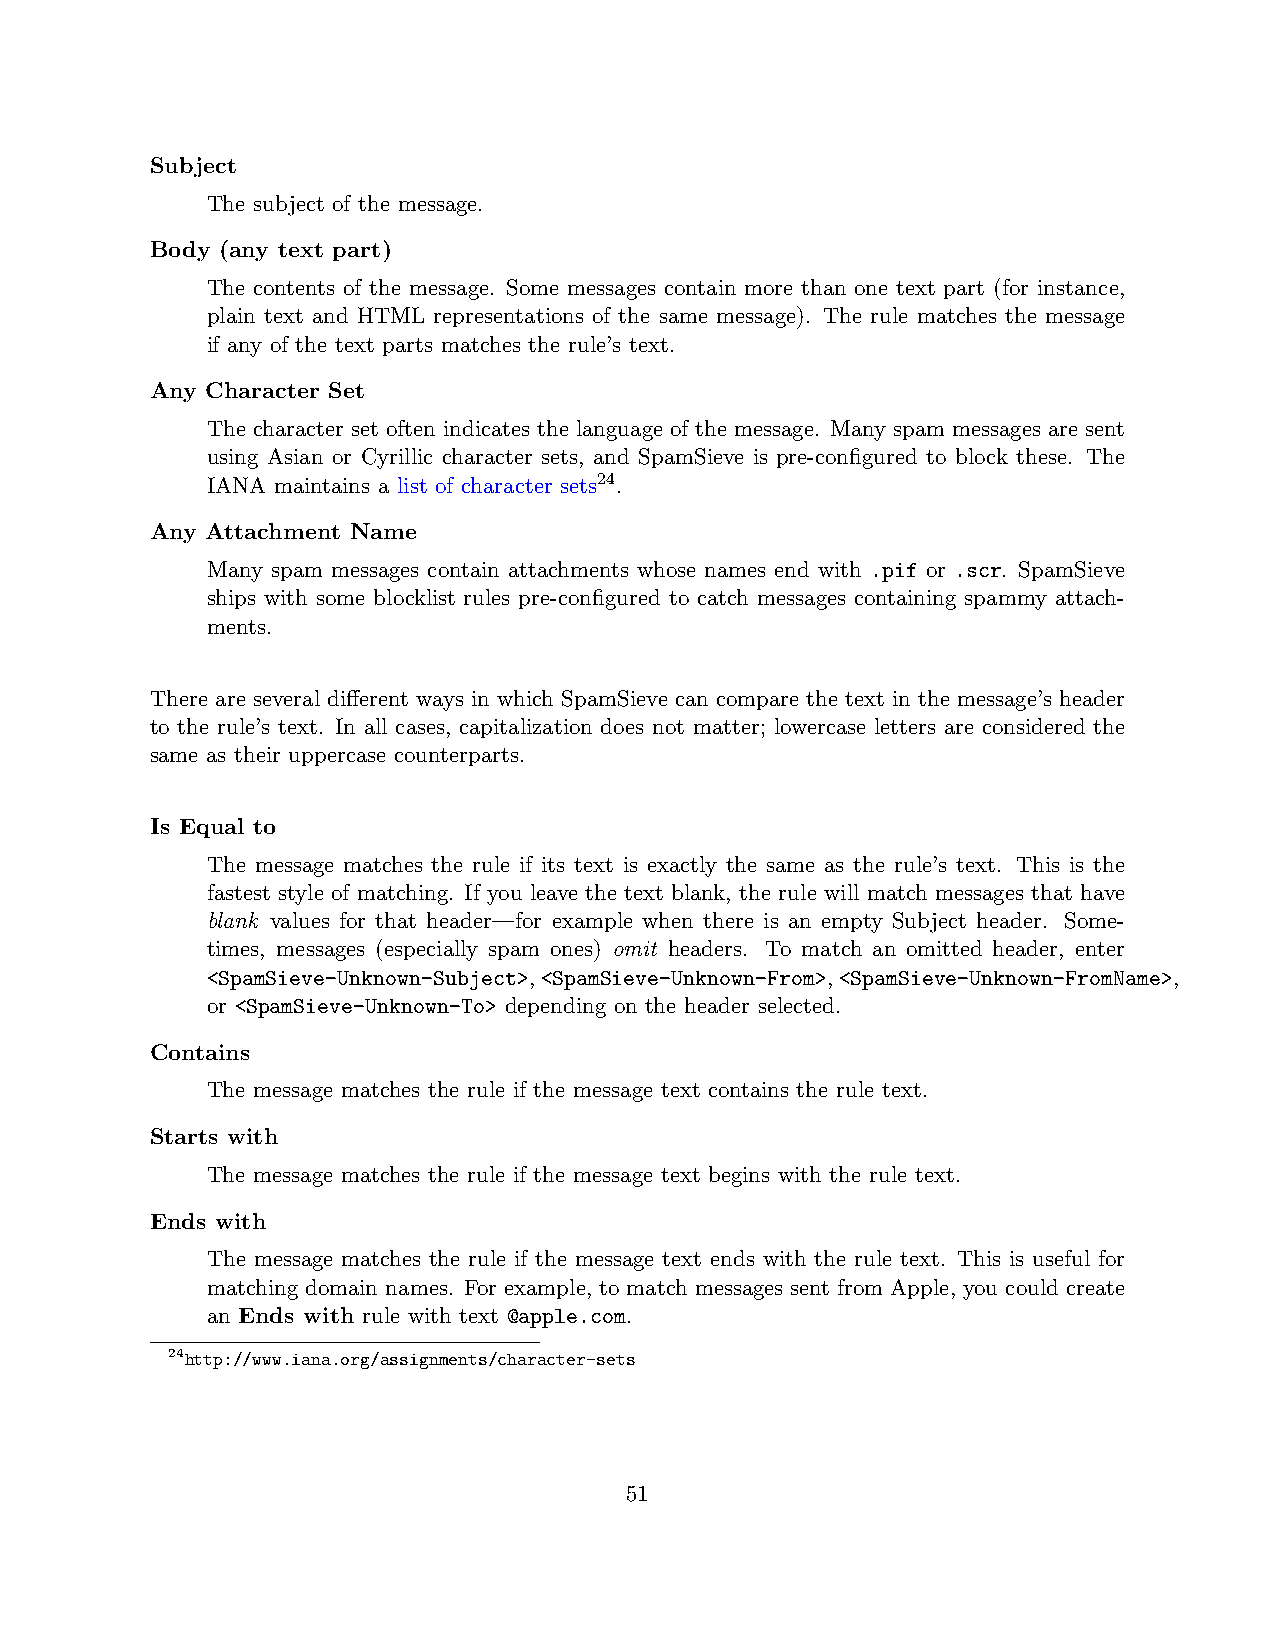
Subject
 The subject of the message.
 Body (any text part)
 The contents of the message. Some messages contain more than one text part (for instance,
 plain text and HTML representations of the same message). The rule matches the message
 if any of the text parts matches the rule’s text.
 Any Character Set
 The character set often indicates the language of the message. Many spam messages are sent
 using Asian or Cyrillic character sets, and SpamSieve is pre-configured to block these. The
 IANA maintains a list of character sets24.
 Any Attachment Name
 Many spam messages contain attachments whose names end with .pif or .scr. SpamSieve
 ships with some blocklist rules pre-configured to catch messages containing spammy attach-
 ments.
 There are several different ways in which SpamSieve can compare the text in the message’s header
 to the rule’s text. In all cases, capitalization does not matter; lowercase letters are considered the
 same as their uppercase counterparts.
 Is Equal to
 The message matches the rule if its text is exactly the same as the rule’s text. This is the
 fastest style of matching. If you leave the text blank, the rule will match messages that have
 blank values for that header—for example when there is an empty Subject header. Some-
 times, messages (especially spam ones) omit headers. To match an omitted header, enter
 <SpamSieve-Unknown-Subject>,<SpamSieve-Unknown-From>,<SpamSieve-Unknown-FromName>,
 or <SpamSieve-Unknown-To> depending on the header selected.
 Contains
 The message matches the rule if the message text contains the rule text.
 Starts with
 The message matches the rule if the message text begins with the rule text.
 Ends with
 The message matches the rule if the message text ends with the rule text. This is useful for
 matching domain names. For example, to match messages sent from Apple, you could create
 an Ends with rule with text @apple.com.
 24http://www.iana.org/assignments/character-sets
 51